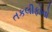
તકલીફોનો